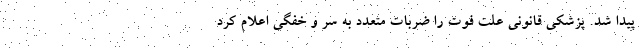
پیدا شد. پزشکی قانونی علت فوت را ضربات متعدد به سر و خفگی اعلام کرد